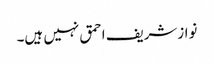
نوازشریف احمق نہیں ہیں۔